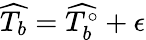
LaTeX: \widehat{T_{b}}=\widehat{T_{b}^{\circ}}+\epsilon